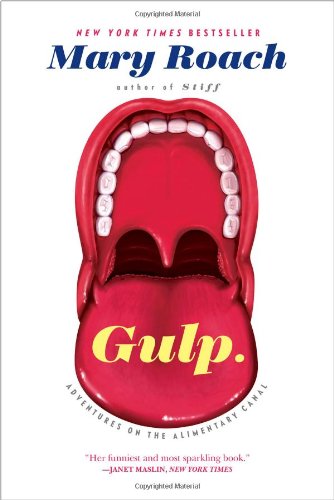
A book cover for Gulp: Adventures on the Alimentary Canal; Mary Roach; Science & Math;